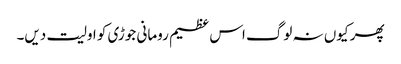
پھر کیوں نہ لوگ اس عظیم رومانی جوڑی کو اولیت دیں۔